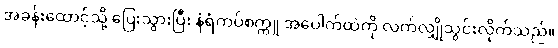
အခန်းထောင့်သို့ ပြေးသွားပြီး နံရံကပ်စက္ကူ အပေါက်ထဲကို လက်လျှိုသွင်းလိုက်သည်။